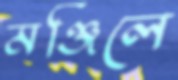
মঞ্জিলে